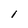
Character: l